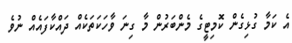
އެ ކަމާ ގުޅިގެން ކޮމިޓީގެ މެންބަރުން މާ ގިނަ ވާހަކަތަކެއް ދައްކާފައެއް ނުވެ